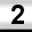
Digit: 2